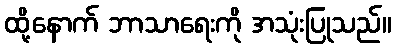
ထို့နောက် ဘာသာရေးကို အသုံးပြုသည်။